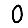
Digit: 0